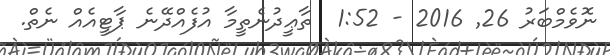
ނޮވެމްބަރު 26